Vaccine operations Central Provinces & Berar 1912-1920 - 1912-1920
Year: 1912
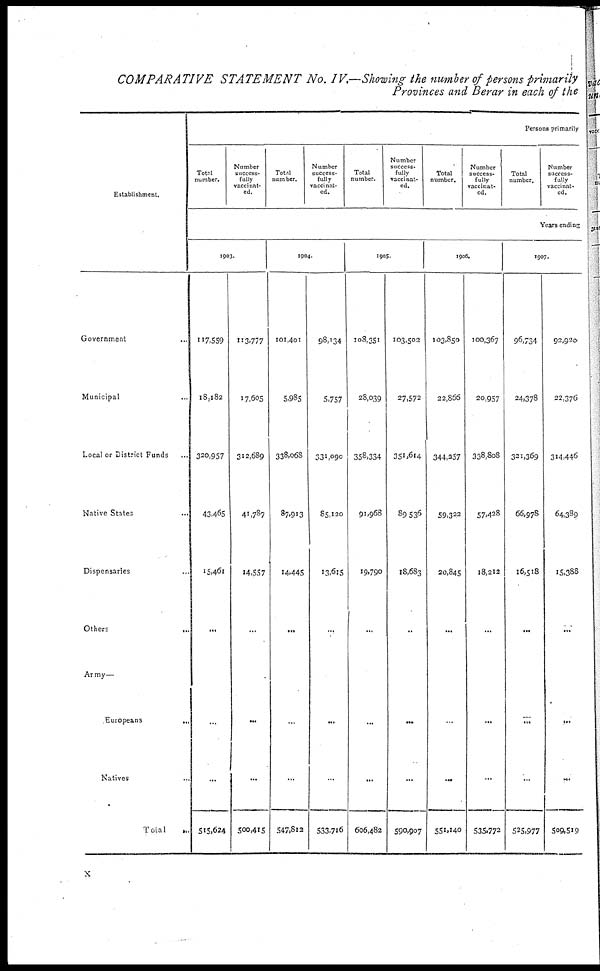
COMPARATIVE STATEMENT No. IV.—Showing the number of persons primarily
Provinces and Berar in each of the
Establishment.
Government
...
Municipal ...
Local or District Funds ...
Native States ...
Dispensaries ...
Others
Army—
Europeans
...
Natives ...
Total...
Persons primarily
Total
number.
Number
success-
fully
vaccinat-
ed.
Total
number.
Number
success-
fully
vaccinat-
ed.
Total
number.
Number
success-
fully
vaccinat-
ed.
Total
number.
Number
success-
fully
vaccinat-
ed.
Total
number.
Number
success-
fully
vaccinat-
ed.
Years ending
1903.
117,559
18,182
320,957
43,465
15,461
...
...
...
515,624
113,777
17,605
312,689
41,787
14,557
...
...
...
500,415
1904.
101,401
5,985
338,068
87,913
14,445
...
...
...
547,812
98,134
5,757
331,090
85,120
13,615
...
...
...
533,716
1905.
108,351
28,039
358,334
91,968
19,790
...
...
...
606,482
103,502
27,572
351,614
89,536
18,683
...
...
...
590,907
1906.
103,850
22,866
344,357
59,322
20,845
...
...
...
551,140
100,367
20,957
338,808
57,428
18,212
...
...
...
535,772
1907.
96,734
24,378
321,369
66,978
16,518
...
...
...
525,977
92,920
22,376
314,446
64,389
15,388
...
...
...
509,519
x